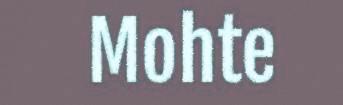
Mohte